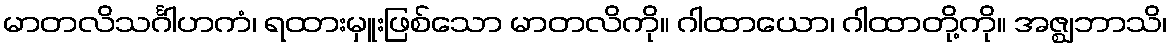
မာတလိသင်္ဂါဟကံ၊ ရထားမှူးဖြစ်သော မာတလိကို။ ဂါထာယော၊ ဂါထာတို့ကို။ အဇ္ဈဘာသိ၊